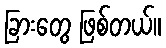
ခြားတွေ ဖြစ်တယ်။